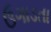
ઉગાડતા